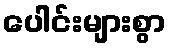
ပေါင်းများစွာ